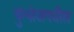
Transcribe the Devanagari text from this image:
कुंभोजमधील